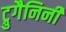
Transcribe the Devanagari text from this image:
ट्रुगैनिनी